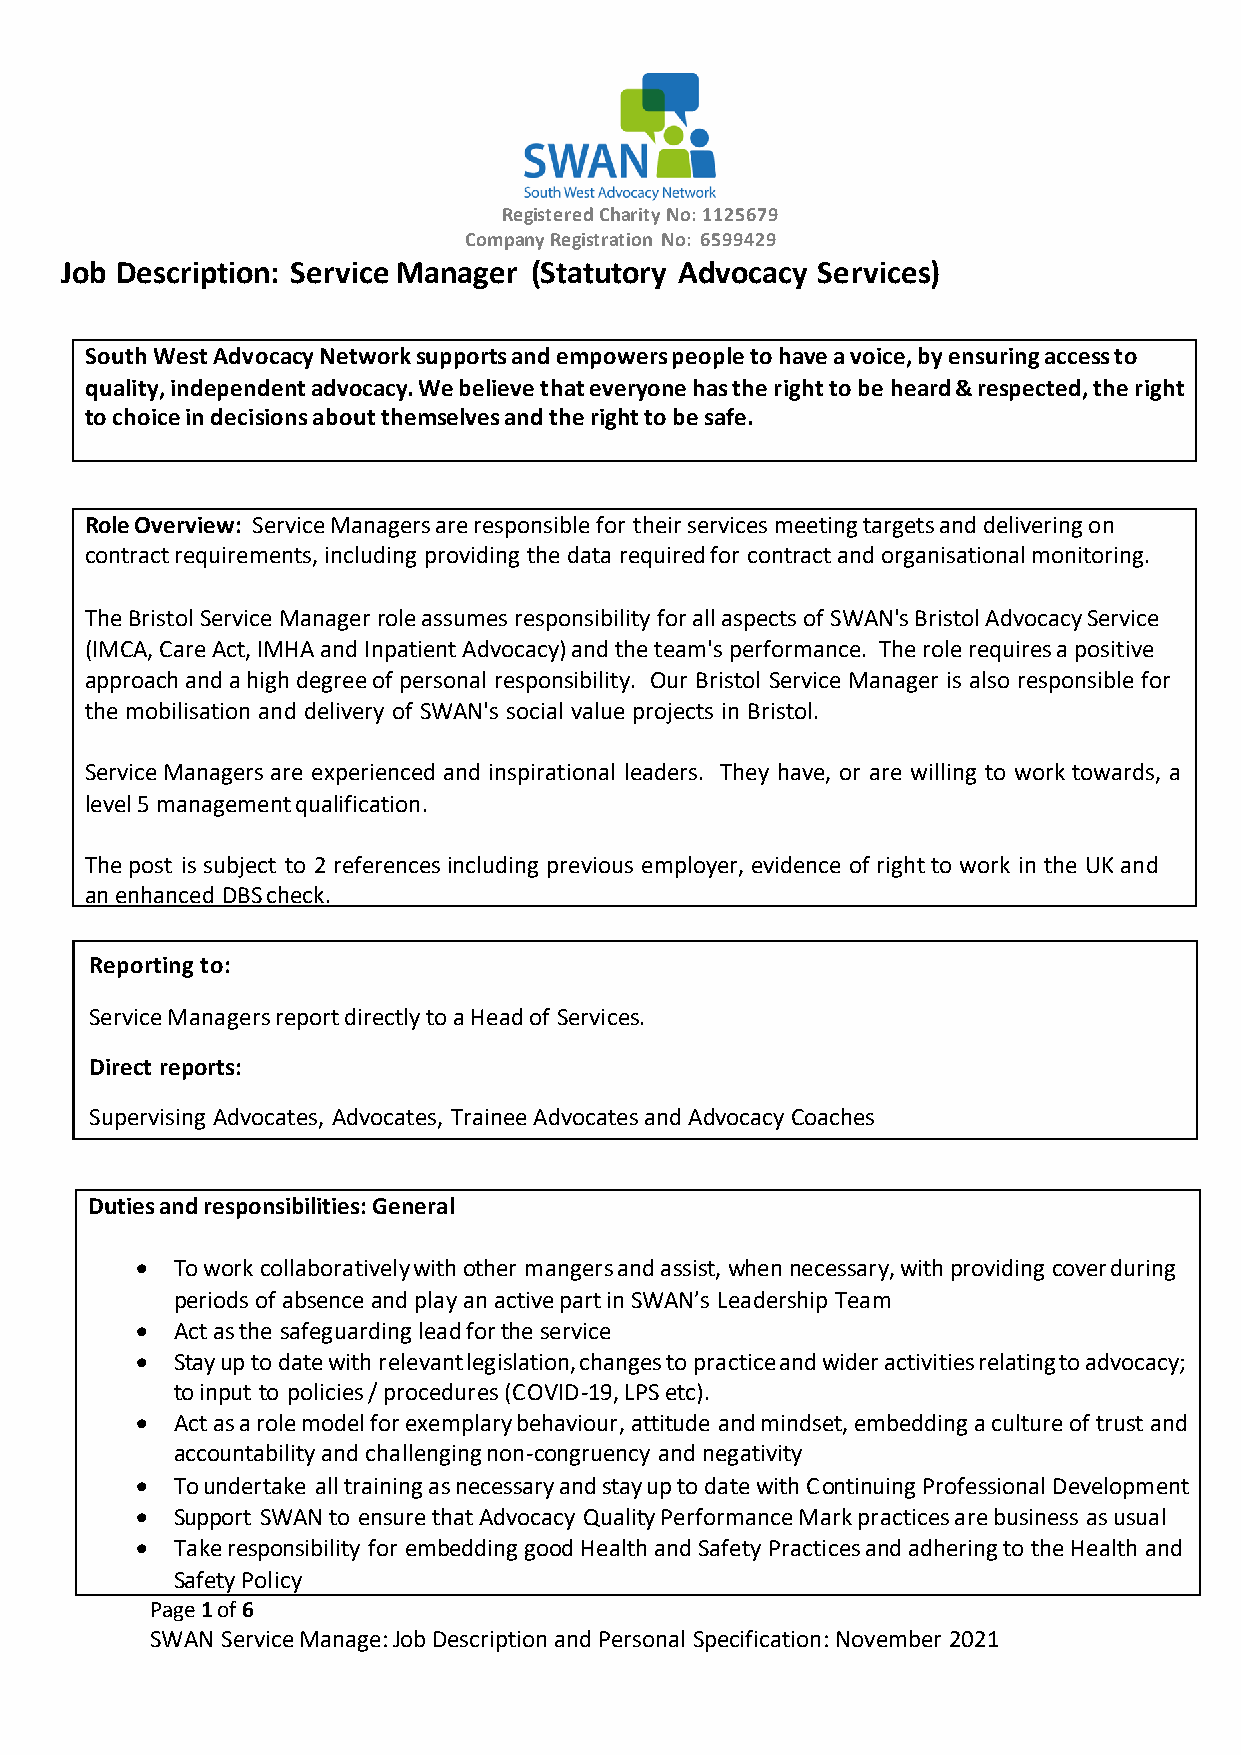
Registered Charity No: 1125679
 Company Registration No: 6599429
 Job Description: Service Manager (Statutory Advocacy Services)
 South West Advocacy Network supports and empowers people to have a voice, by ensuring access to
 quality, independent advocacy. We believe that everyone has the right to be heard & respected, the right
 to choice in decisions about themselves and the right to be safe.
 Role Overview: Service Managers are responsible for their services meeting targets and delivering on
 contract requirements, including providing the data required for contract and organisational monitoring.
 The Bristol Service Manager role assumes responsibility for all aspects of SWAN's Bristol Advocacy Service
 (IMCA, Care Act, IMHA and Inpatient Advocacy) and the team's performance. The role requires a positive
 approach and a high degree of personal responsibility. Our Bristol Service Manager is also responsible for
 the mobilisation and delivery of SWAN's social value projects in Bristol.
 Service Managers are experienced and inspirational leaders. They have, or are willing to work towards, a
 level 5 management qualification.
 The post is subject to 2 references including previous employer, evidence of right to work in the UK and
 an enhanced DBS check.
 Repor ting to:
 Servic e Managers report directly to a Head of Services.
 Direct reports:
 Supervising Advocates, Advocates, Trainee Advocates and Advocacy Coaches
 Duties and responsibilities: General
 • To work collaboratively with other mangers and assist, when necessary, with providing cover during
 periods of absence and play an active part in SWAN’s Leadership Team
 • Act as the safeguarding lead for the service
 • Stay up to date with relevant legislation, changes to practice and wider activities relating to advocacy;
 to input to policies / procedures (COVID-19, LPS etc).
 • Act as a role model for exemplary behaviour, attitude and mindset, embedding a culture of trust and
 accountability and challenging non-congruency and negativity
 • To undertake all training as necessary and stay up to date with Continuing Professional Development
 • Support SWAN to ensure that Advocacy Quality Performance Mark practices are business as usual
 • Take responsibility for embedding good Health and Safety Practices and adhering to the Health and
 Safety Policy
 Page 1 of 6
 SWAN Service Manage: Job Description and Personal Specification: November 2021